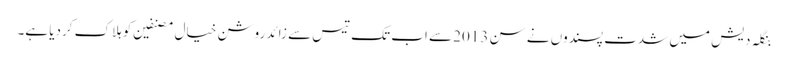
بنگلہ دیش میں شدت پسندوں نے سن 2013 سے اب تک تیس سے زائد روشن خیال مصنفین کو ہلاک کردیا ہے۔